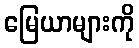
မြေယာများကို